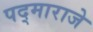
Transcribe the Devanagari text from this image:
पद्‌माराजे